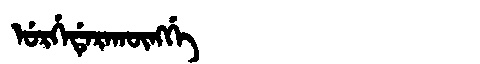
Manchu: ᡠᡵᡤᡝᡩᡝᡵᠠᡴᡡᠩᡤᡝ
Romanization: URGEDERAKŪNGGE